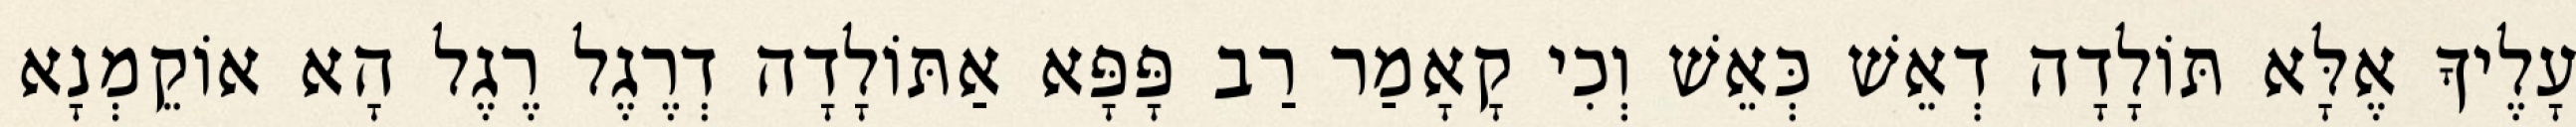
עָלֶיךָ אֶלָּא תּוֹלָדָה דְאֵשׁ כְּאֵשׁ וְכִי קָאָמַר רַב פָּפָּא אַתּוֹלָדָה דְרֶגֶל רֶגֶל הָא אוֹקֵמְנָא